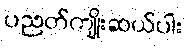
ပညတ်ကျိုးဆယ်ပါး